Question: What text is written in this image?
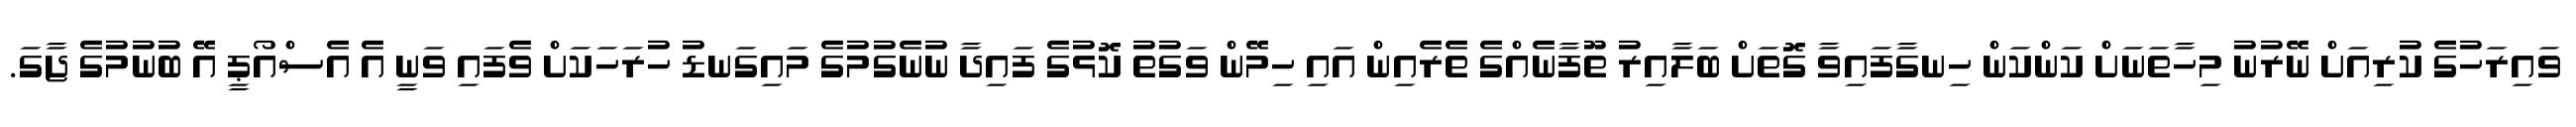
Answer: ވައިރަހުގެ ކުރިއަށް ނޭރުނު މިހާތަނަށް ކަންކަން ހިނގާފައިވާ ގޮތަށް ބަލާއިރު ތޫފާނެއްގެ ތެރެއިން އައި ހިމޭން ވަގުތު ކޮޅުގެ ފައިދާ ނުނެގުމުގެ މައިގަނޑު ހުރަހަކަށް ވެފައި ވަނީ އެ އެސްއޯޕީ އޭ ބުނުމުގެ ޖާގަ.